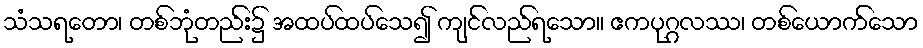
သံသရတော၊ တစ်ဘုံတည်း၌ အထပ်ထပ်သေ၍ ကျင်လည်ရသော။ ဧကပုဂ္ဂလဿ၊ တစ်ယောက်သော